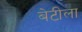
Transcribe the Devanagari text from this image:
बेटीला